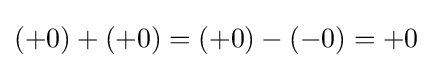
(+0)+(+0)=(+0)-(-0)=+0\,\!